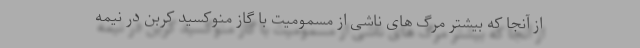
از آنجا که بیشتر مرگ های ناشی از مسمومیت با گاز منوکسید کربن در نیمه